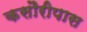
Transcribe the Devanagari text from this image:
कसौरीपास